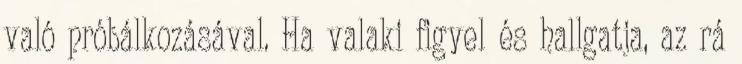
való próbálkozásával. Ha valaki figyel és hallgatja, az rá